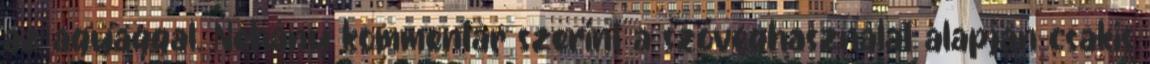
az agyaggal. Néhány kommentár szerint a szöveghasználat alapján csakis